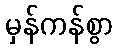
မှန်ကန်စွာ